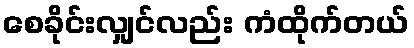
စေခိုင်းလျှင်လည်း ကံထိုက်တယ်